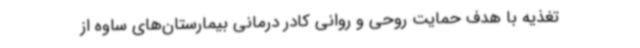
تغذیه با هدف حمایت روحی و روانی کادر درمانی بیمارستان‌های ساوه از